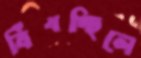
বিঁধচ্ছিলে